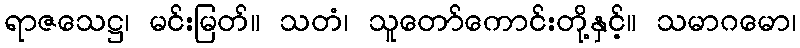
ရာဇသေဋ္ဌ၊ မင်းမြတ်။ သတံ၊ သူတော်ကောင်းတို့နှင့်။ သမာဂမော၊